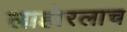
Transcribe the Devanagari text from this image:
लाहोरलाच